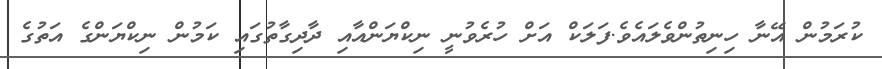
ކުރަމުން އޭނާ ހިނިތުންވެލައެވެ.ފަލަކް އަށް ހުރެވުނީ ނިކްޔަންއާއި ދާދިގާތުގައި ކަމުން ނިކްޔަންގެ އަތުގެ